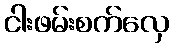
ငါးဖမ်းစက်လှေ